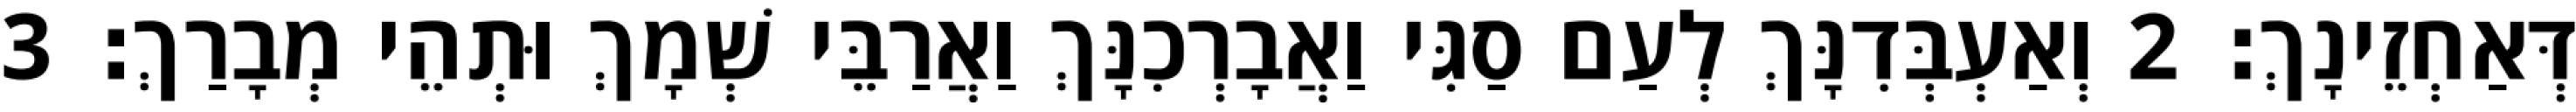
דְּאַחְזֵינָךְ׃ 2 וְאַעְבְּדִנָּךְ לְעַם סַגִּי וַאֲבָרְכִנָּךְ וַאֲרַבֵּי שְׁמָךְ וּתְהֵי מְבָרַךְ׃ 3